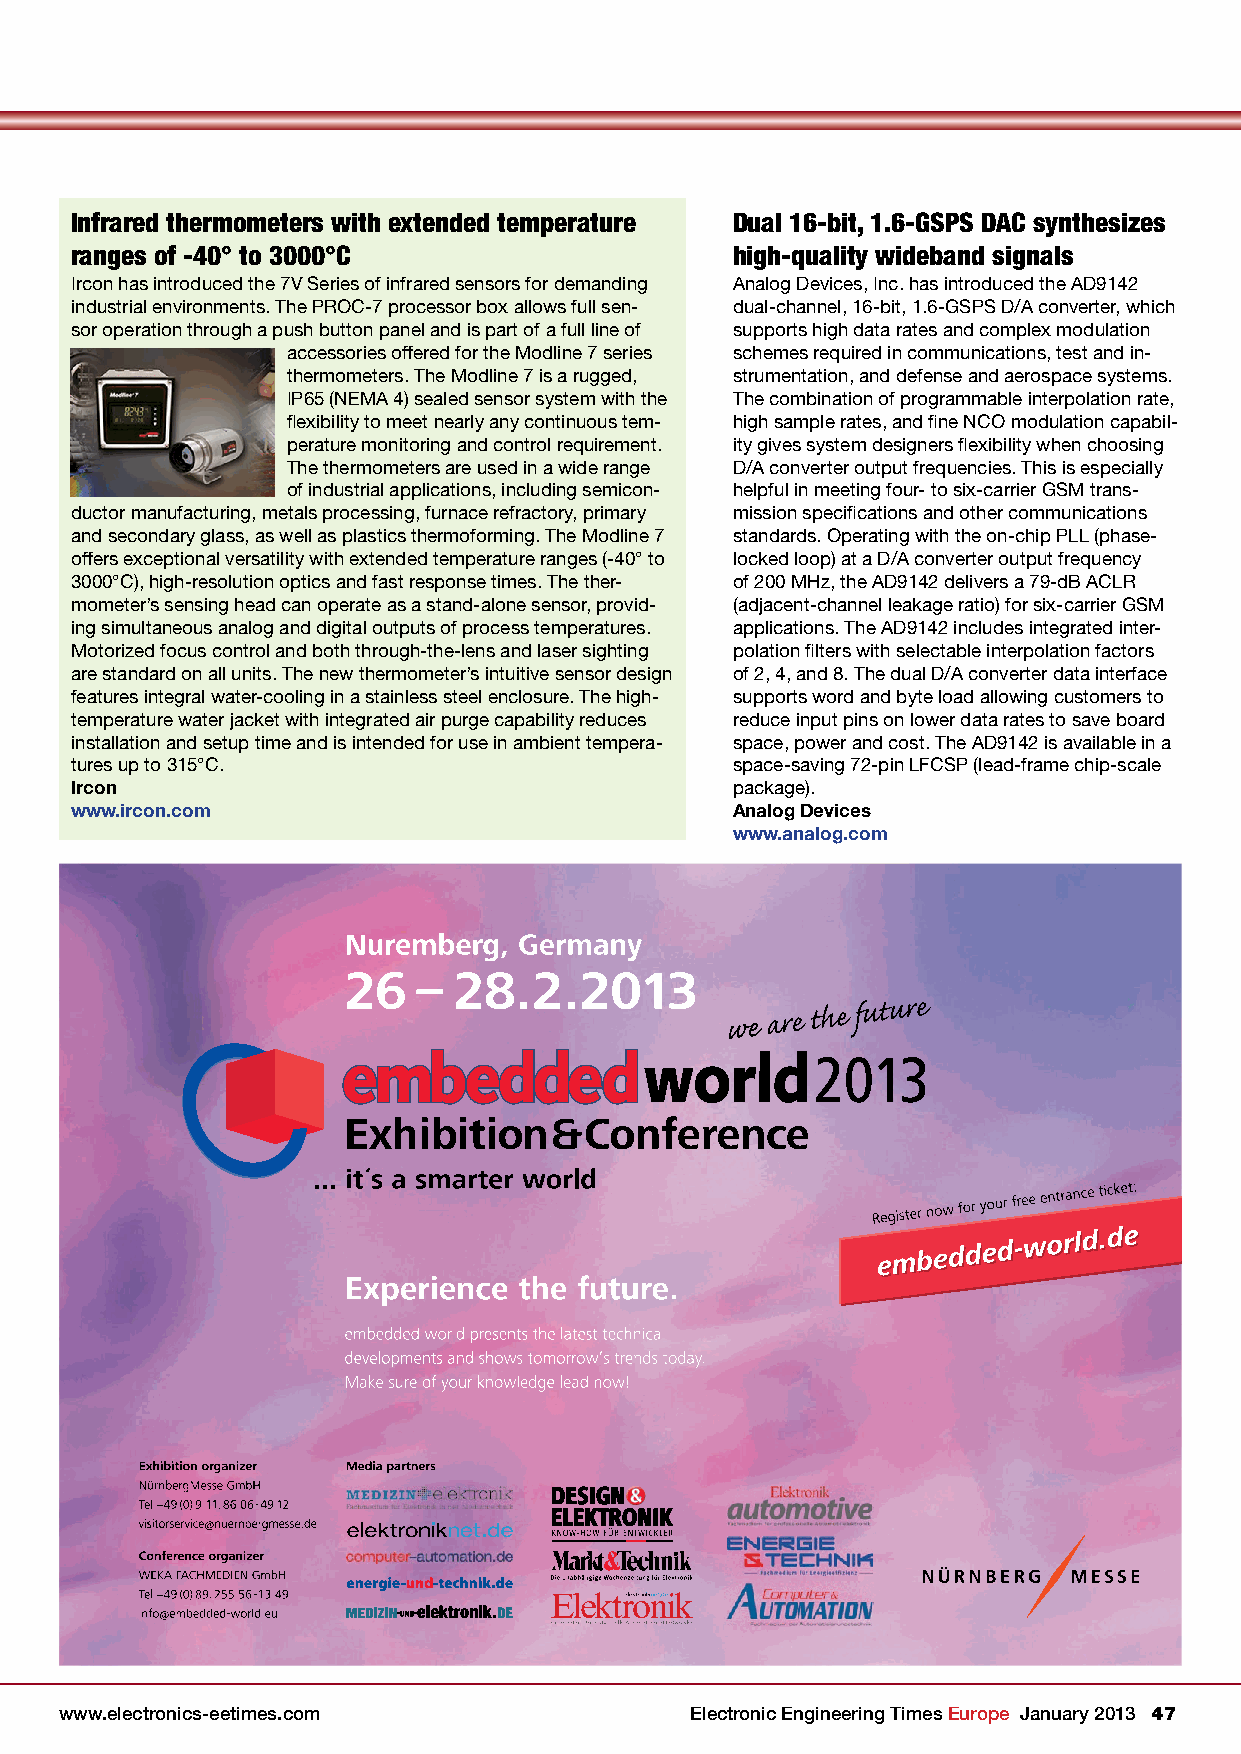
Infrared thermometers with extended temperature Dual 16-bit, 1.6-GSPS DAC synthesizes
 ranges of -40° to 3000°C                   high-quality wideband signals
 Ircon has introduced the 7V Series of infrared sensors for demanding Analog Devices, Inc. has introduced the AD9142
 industrial environments. The PROC-7 processor box allows full sen- dual-channel, 16-bit, 1.6-GSPS D/A converter, which
 sor operation through a push button panel and is part of a full line of supports high data rates and complex modulation
 accessories offered for the Modline 7 series schemes required in communications, test and in-
 thermometers. The Modline 7 is a rugged, strumentation, and defense and aerospace systems.
 IP65 (NEMA 4) sealed sensor system with the The combination of programmable interpolation rate,
 flexibility to meet nearly any continuous tem- high sample rates, and fine NCO modulation capabil-
 perature monitoring and control requirement. ity gives system designers flexibility when choosing
 The thermometers are used in a wide range D/A converter output frequencies. This is especially
 of industrial applications, including semicon- helpful in meeting four- to six-carrier GSM trans-
 ductor manufacturing, metals processing, furnace refractory, primary mission specifications and other communications
 and secondary glass, as well as plastics thermoforming. The Modline 7 standards. Operating with the on-chip PLL (phase-
 offers exceptional versatility with extended temperature ranges (-40° to locked loop) at a D/A converter output frequency
 3000°C), high-resolution optics and fast response times. The ther- of 200 MHz, the AD9142 delivers a 79-dB ACLR
 mometer’s sensing head can operate as a stand-alone sensor, provid- (adjacent-channel leakage ratio) for six-carrier GSM
 ing simultaneous analog and digital outputs of process temperatures. applications. The AD9142 includes integrated inter-
 Motorized focus control and both through-the-lens and laser sighting polation filters with selectable interpolation factors
 are standard on all units. The new thermometer’s intuitive sensor design of 2, 4, and 8. The dual D/A converter data interface
 features integral water-cooling in a stainless steel enclosure. The high- supports word and byte load allowing customers to
 temperature water jacket with integrated air purge capability reduces reduce input pins on lower data rates to save board
 installation and setup time and is intended for use in ambient tempera- space, power and cost. The AD9142 is available in a
 tures up to 315°C.                         space-saving 72-pin LFCSP (lead-frame chip-scale
 Ircon                                      package).
 www.ircon.com                              Analog Devices
 www.analog.com
 190x136_EE_Times_Europe_M2.indd 1                                  03.12.12 09:28
 www.electronics-eetimes.com               Electronic Engineering Times Europe January 2013 47